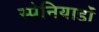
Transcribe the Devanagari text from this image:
स्पेनियार्डों